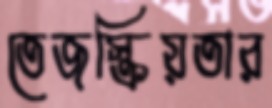
তেজস্ক্রিয়তার